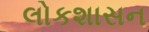
લોકશાસન